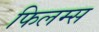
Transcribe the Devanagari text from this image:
फिलम्स